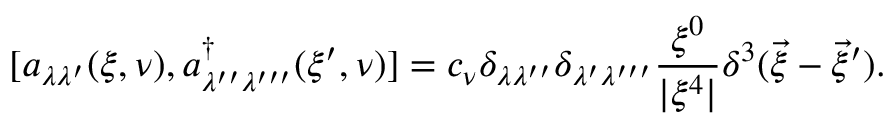
[ a _ { \lambda \lambda ^ { \prime } } ( \xi , \nu ) , a _ { \lambda ^ { \prime \prime } \lambda ^ { \prime \prime \prime } } ^ { \dag } ( \xi ^ { \prime } , \nu ) ] = c _ { \nu } \delta _ { \lambda \lambda ^ { \prime \prime } } \delta _ { \lambda ^ { \prime } \lambda ^ { \prime \prime \prime } } \frac { \xi ^ { 0 } } { | \xi ^ { 4 } | } \delta ^ { 3 } ( \vec { \xi } - \vec { \xi } ^ { \prime } ) .